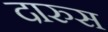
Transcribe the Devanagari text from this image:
दारुस